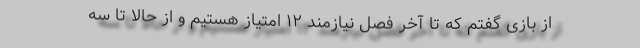
از بازی گفتم که تا آخر فصل نیازمند ۱۲ امتیاز هستیم و از حالا تا سه